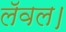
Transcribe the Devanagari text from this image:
लॅवल।